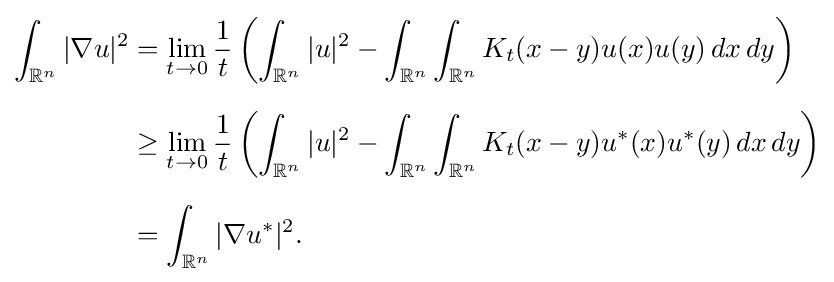
{\begin{aligned}\int _{\mathbb {R} ^{n}}|\nabla u|^{2}&=\lim _{t\to 0}{\frac {1}{t}}\left(\int _{\mathbb {R} ^{n}}|u|^{2}-\int _{\mathbb {R} ^{n}}\int _{\mathbb {R} ^{n}}K_{t}(x-y)u(x)u(y)\,dx\,dy\right)\\[6pt]&\geq \lim _{t\to 0}{\frac {1}{t}}\left(\int _{\mathbb {R} ^{n}}|u|^{2}-\int _{\mathbb {R} ^{n}}\int _{\mathbb {R} ^{n}}K_{t}(x-y)u^{*}(x)u^{*}(y)\,dx\,dy\right)\\[6pt]&=\int _{\mathbb {R} ^{n}}|\nabla u^{*}|^{2}.\end{aligned}}